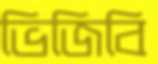
ভিজিবি